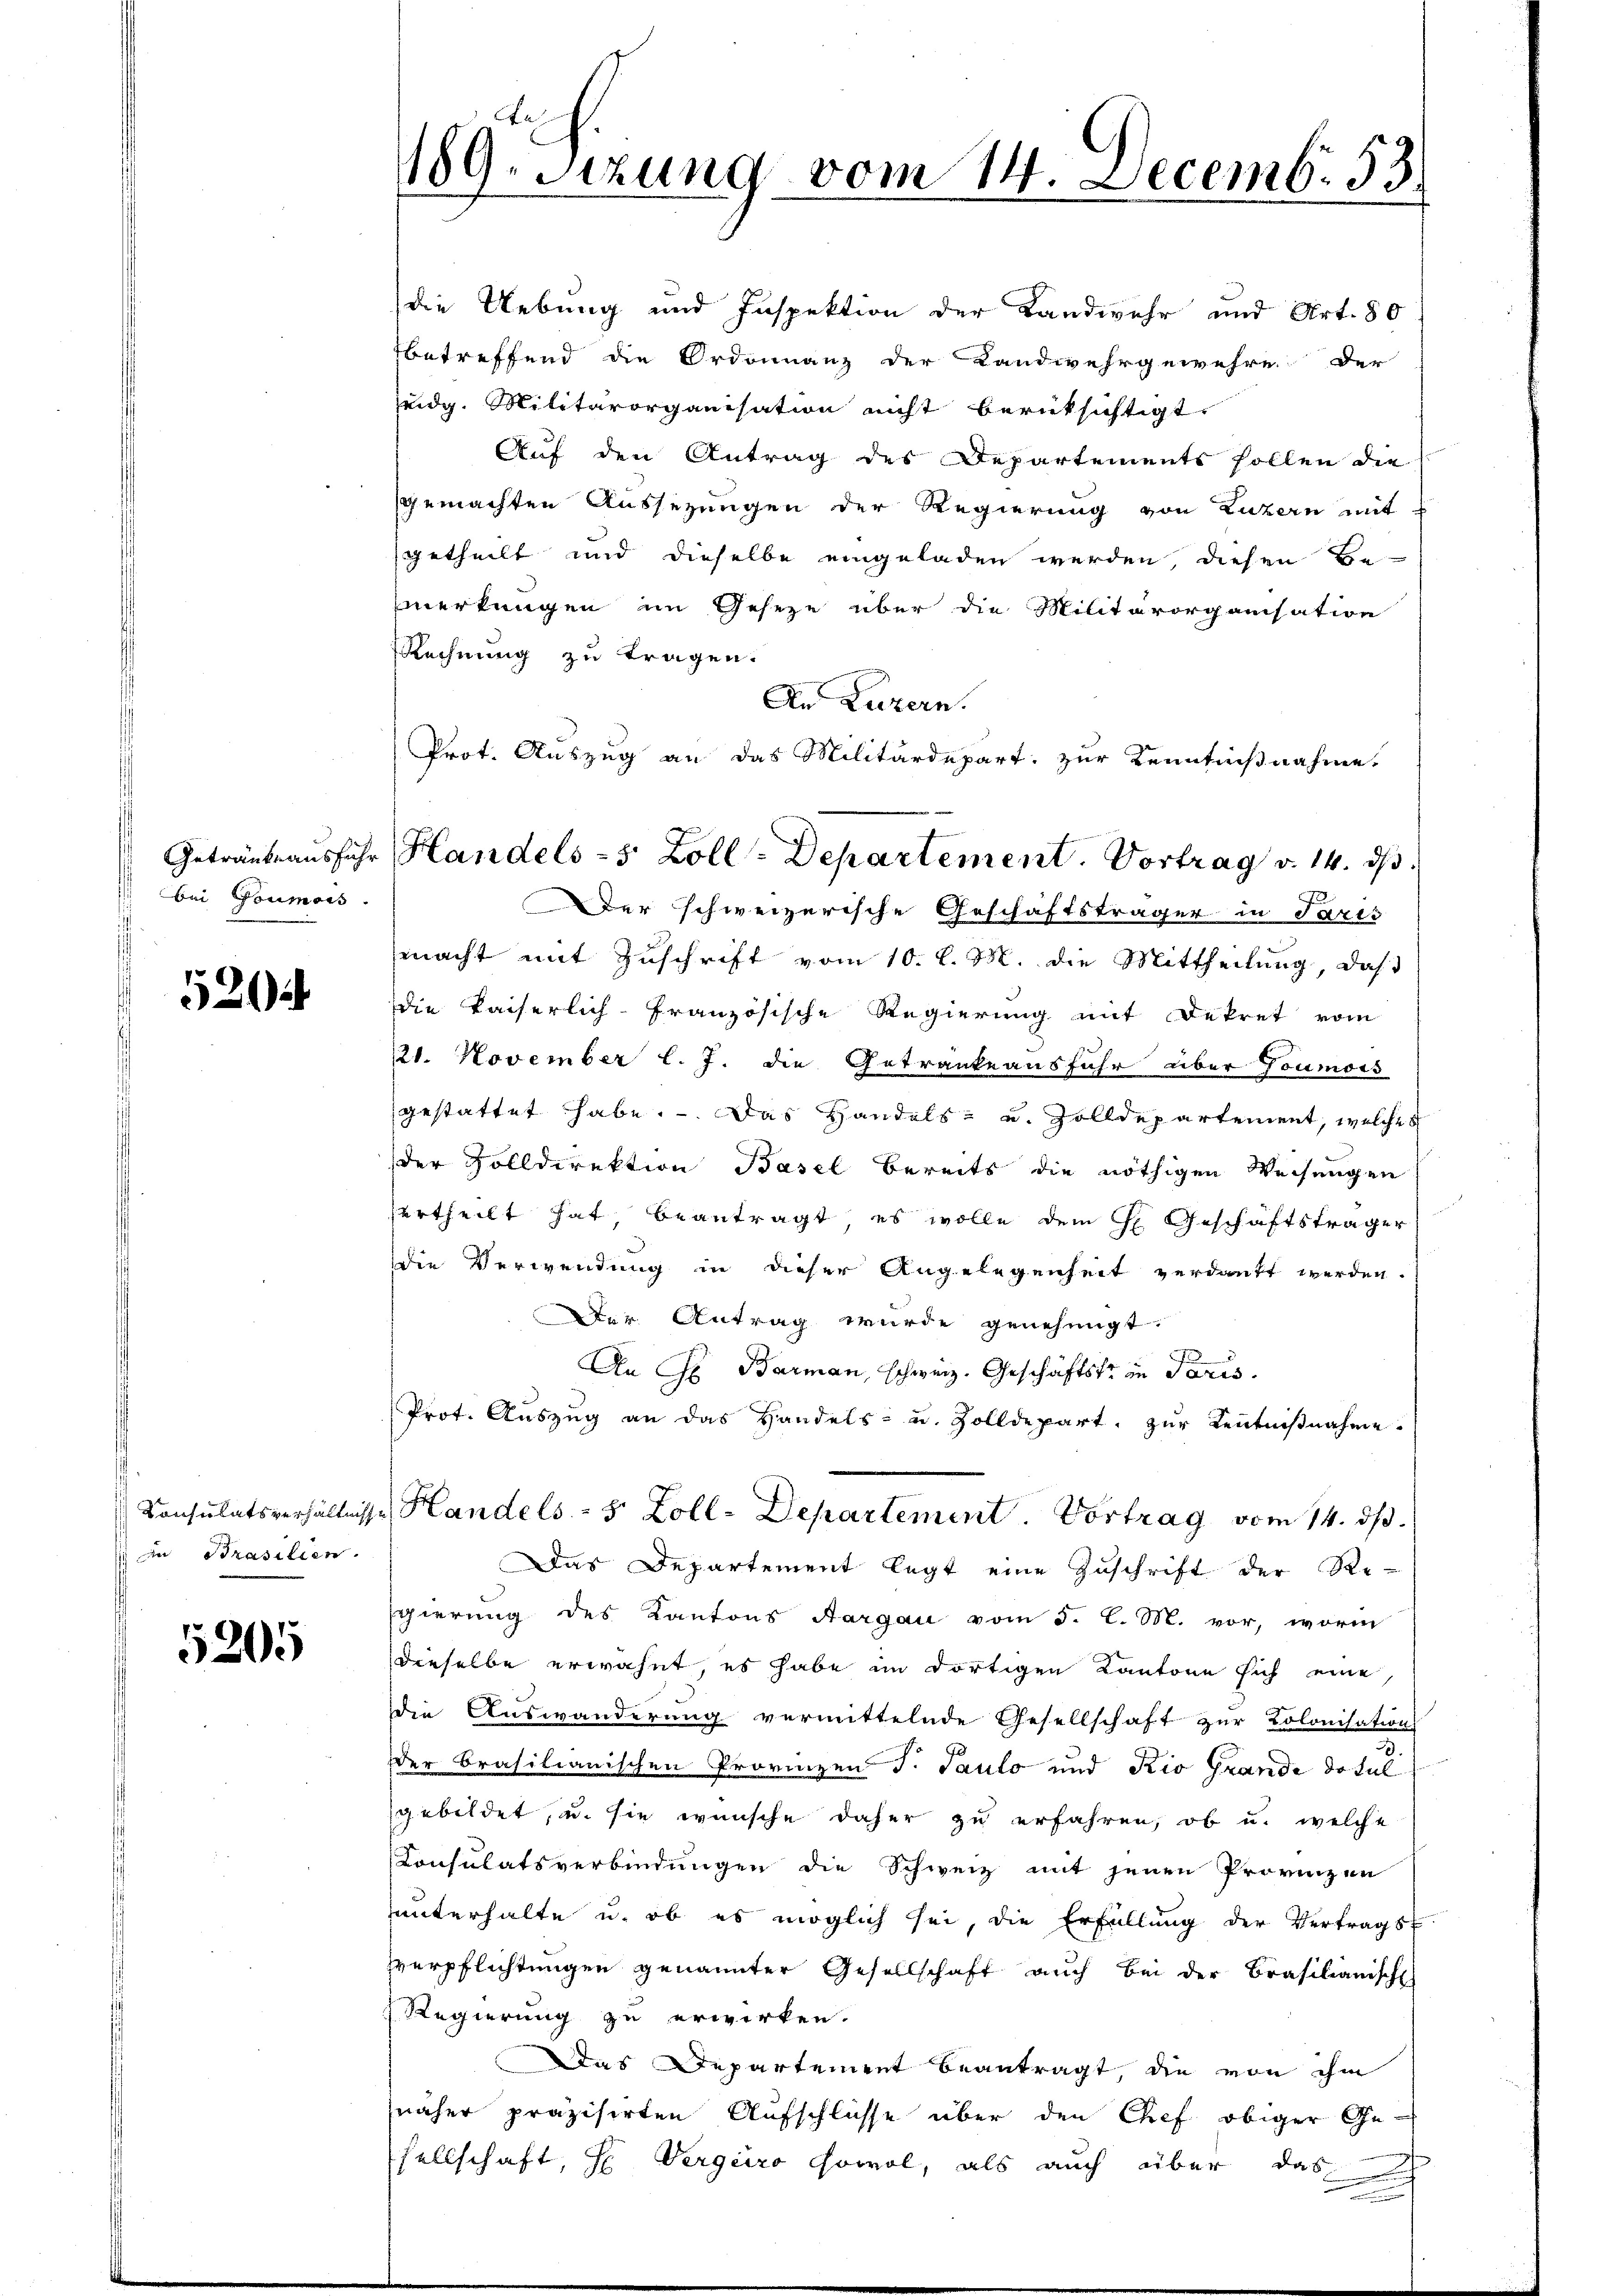
bei Goumois.

52

zu Prasilien.

5205

189. Sitzung vom 14. Decemb. 53.

die Uebung und Inspektion der Landwehr und Art. 50
betreffend die Ordonnanz der Landwehrgewehre der
eidg. Militärorganisation nicht berücksichtigt.
Auf den Antrag des Departements sollen die
gemachten Aussezungen der Regierung von Luzern mit
getheilt und dieselbe eingeladen werden, diesen Be-
merkungen im Geseze über die Militärorganisation
Rechnung zu tragen.
An Luzern.
Der schweizerische Geschäftsträger in Paris
macht mit Zuschrift vom 10. l. M. die Mittheilung, daß
die kaiserlich-Französische Regierung mit Dekret vom
21. November l. J. die Getranke ausfuhr über Goumors
gestattet habe. Das Handels- und Zolldepartement, welcher
der Solldirektion Basel bereits die nöthigen Weisungen
ertheilt hat beantragt, es wolle dem H. Geschäftsträger
die Verwendung in dieser Angelegenheit verdankt werden.
Der Antrag wurde genehmigt.
An Hr. Barman, schweiz. Geschäftst in Paris.
Prot. Auszug an das Handels- u. Zolldepart, zur Kenntnißnahme.
Consulatsverhältnisse Handels- 8 Zoll-Departement. Vortrag vom 14. ds.
Das Departement legt eine Zuschrift der Re-
sgierung des Kantons Aargau vom 5. C. M. vor, worin
dieselbe erwähnt, es habe im dortigen Kantone sich eine
die Auswanderung vermittelnde Gesellschaft zur Kolonisation
3.
der Brasilianischen Provinzen J. Paulo und Rio Grande do ful
sgebildet, u. sie wünsche daher zu erfahren, ob u. welche
Consulatsverbindungen die Schweiz mit jenen Provinzen
unterhalte u. ob es möglich sei, die Erfüllung der Vertragsf
verpflichtungen genannter Gesellschaft auch bei der Brasilianische
Regierung zu erwirken.
Das Departement beantragt, die von ihm
näher präzisirten Aufschlüsse über den Chef obiger Ge-
sellschaft, H. Vergüro sowol, als auch über das

Prot. Auszug an das Militärdepart, zur Kenntnißnahme.
Getränke ausführ Handels- 5 Zoll-Departement. Vortrag v. 14. ds.